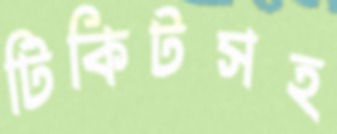
টিকিটসহ